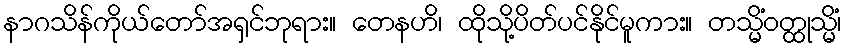
နာဂသိန်ကိုယ်တော်အရှင်ဘုရား။ တေနဟိ၊ ထိုသို့ပိတ်ပင်နိုင်မူကား။ တသ္မိံဝတ္ထုသ္မိံ၊